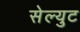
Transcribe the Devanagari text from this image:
सेल्युट